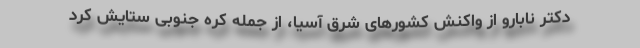
دکتر نابارو از واکنش کشورهای شرق آسیا، از جمله کره جنوبی ستایش کرد